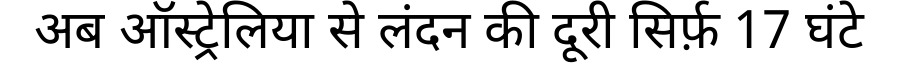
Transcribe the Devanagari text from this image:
अब ऑस्ट्रेलिया से लंदन की दूरी सिर्फ़ 17 घंटे